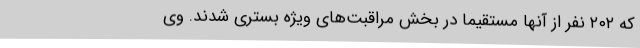
که ۲۰۲ نفر از آنها مستقیما در بخش مراقبت‌های ویژه بستری شدند. وی